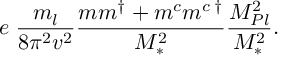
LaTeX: e \; \frac { m _ { l } } { 8 \pi ^ { 2 } v ^ { 2 } } \frac { m m ^ { \dagger } + m ^ { c } m ^ { c \; \dagger } } { M _ { \ast } ^ { 2 } } \frac { M _ { P l } ^ { 2 } } { M _ { \ast } ^ { 2 } } .